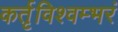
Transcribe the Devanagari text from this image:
कर्तृविश्वम्भरं